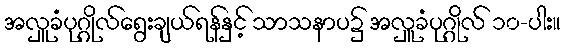
အလှူခံပုဂ္ဂိုလ်ရွေးချယ်ရန်နှင့် သာသနာပ၌ အလှူခံပုဂ္ဂိုလ် ၁၀-ပါး။